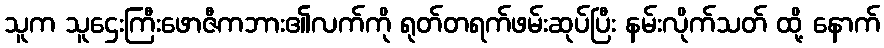
သူက သူဌေးကြီးဖောဇီကဘား၏လက်ကို ရုတ်တရက်ဖမ်းဆုပ်ပြီး နမ်းလိုက်သတ် ထို့ နောက်